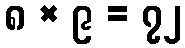
၈ × ၉ = ၇၂